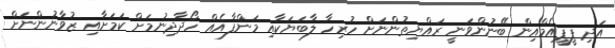
އަދި ޕީޕީއެމްއިން ބޭނުންވަނީ ރައްޔިތުންނަށް ހުރިހާ ލާބަޔަކާއި މަންފާއެއް ހޯދާދިނުމަށް ކަމަށާއި ޒުވާނުންނަށް